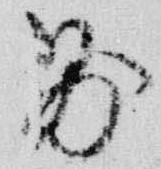
則